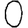
Digit: 0